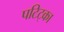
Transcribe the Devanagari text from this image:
पटिट्का